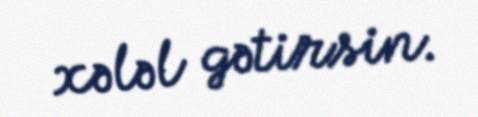
xələl gətirsin.